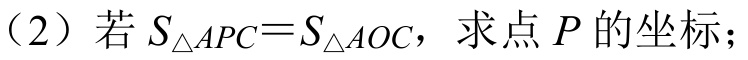
（2）若\(S_{\triangle APC}=S_{\triangle AOC}\)，求点\(P\)的坐标；